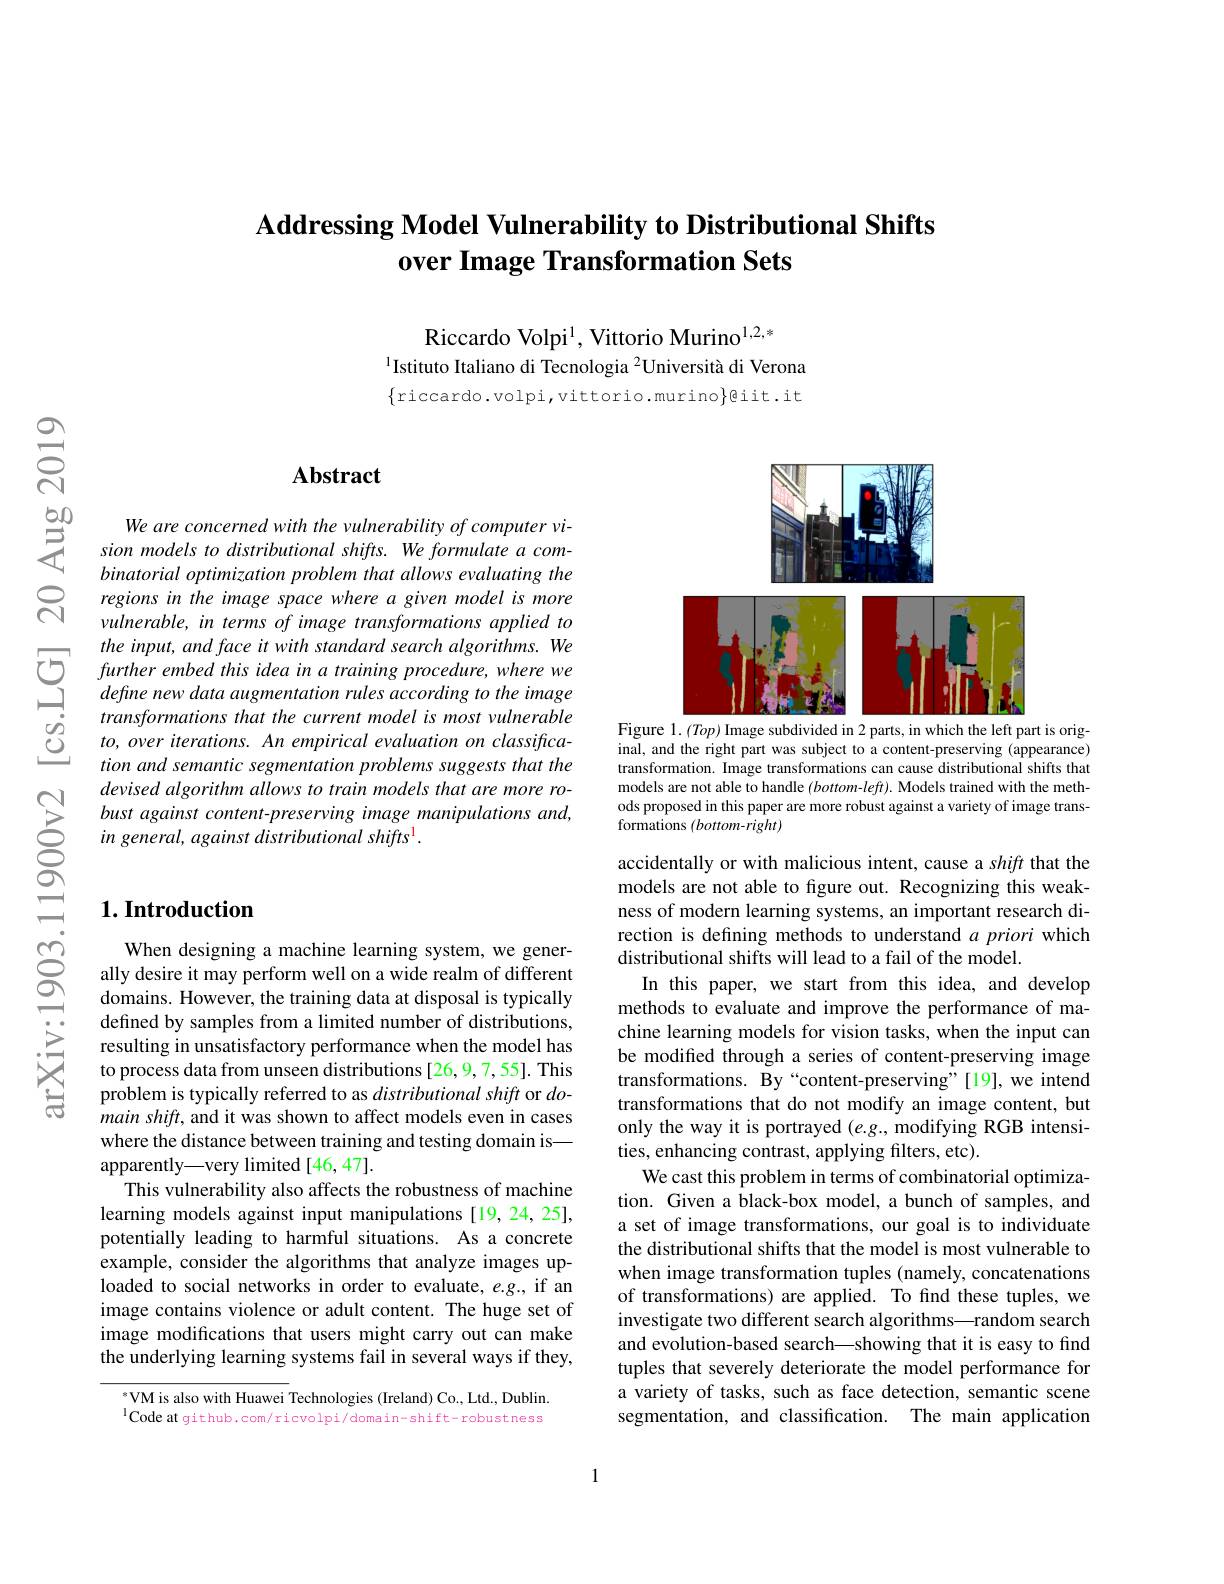
## Addressing Model Vulnerability to Distributional Shifts over Image Transformation Sets

Riccardo Volpi$^{1}$, Vittorio Murino$^{1,2,*}$
$^{1}$Istituto Italiano di Tecnologia $^{2}$Università di Verona

$\{$riccardo.volpi,vittorio.murino$\}$@iit.it

## $\mathbf{Abstract}$

We are concerned with the vulnerability of computer vision models to distributional shifts. We formulate a combinatorial optimization problem that allows evaluating the regions in the image space where a given model is more vulnerable, in terms of image transformations applied to
the input, and face it with standard search algorithms. We further embed this idea in a training procedure, where we define new data augmentation rules according to the image
$transformations\textit{ that the current model is most vulnerable}$ to, over iterations. An empirical evaluation on classification and semantic segmentation problems suggests that the devised algorithm allows to train models that are more robust against content-preserving image manipulations and, in general, against distributional shifts !

## $1. \textbf{Introduction}$

When designing a machine learning system, we generally desire it may perform well on a wide realm of different domains. However, the training data at disposal is typically defined by samples from a limited number of distributions, resulting in unsatisfactory performance when the model has to process data from unseen distributions [26,9,7,55]. This problem is typically referred to as distributional shift or $do$- $mainshift$, and it was shown to affect models even in cases where the distance between training and testing domain is— apparently—very limited [46,47].
This vulnerability also affects the robustness of machine learning models against input manipulations [19,24,25], potentially leading to harmful situations. As a concrete example, consider the algorithms that analyze images uploaded to social networks in order to evaluate, e.g., if an image contains violence or adult content. The huge set of image modifications that users might carry out can make the underlying learning systems fail in several ways if they,

$^{*}$VM is also with Huawei Technologies (Ireland) Co., Ltd., Dublin $^{1}$Code at github.com/ricvolpi/domain-shift-robustness

<FigureHere>
Figure 1. $(Top)$ Image subdivided in 2 parts, in which the left part is orig-

inal, and the right part was subject to a content-preserving (appearance) transformation. Image transformations can cause distributional shifts that models are not able to handle $(bottom-left).$ Models trained with the methods proposed in this paper are more robust against a variety of image transformations $(bottom-right)$

accidentally or with malicious intent, cause a shift that the models are not able to figure out. Recognizing this weakness of modern learning systems, an important research direction is defining methods to understand $a$ priori which distributional shifts will lead to a fail of the model
In this paper, we start from this idea, and develop methods to evaluate and improve the performance of machine learning models for vision tasks, when the input can be modifed through a series of content-preserving image transformations. By“content-preserving”[19], we intend transformations that do not modify an image content, but only the way it is portrayed $(e.g.$, modifying RGB intensities, enhancing contrast, applying filters, etc).
We cast this problem in terms of combinatorial optimization. Given a black-box model, a bunch of samples, and a set of image transformations, our goal is to individuate the distributional shifts that the model is most vulnerable to when image transformation tuples (namely, concatenations of transformations) are applied. To find these tuples, we investigate two different search algorithms—random search and evolution-based search—showing that it is easy to find tuples that severely deteriorate the model performance for a variety of tasks, such as face detection, semantic scene segmentation, and classification. The main application

1